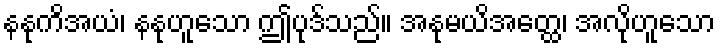
နနုကိအယံ၊ နနုဟူသော ဤပုဒ်သည်။ အနုမယိအတ္ထေ၊ အလိုဟူသော